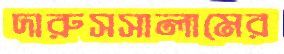
দারুসসালামের